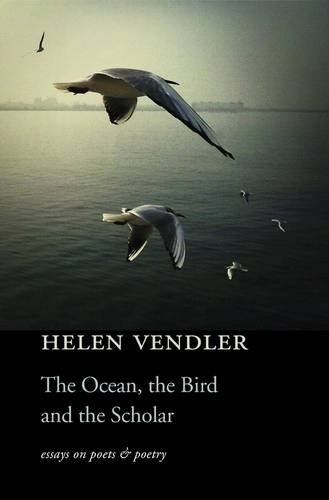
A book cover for The Ocean, the Bird, and the Scholar: Essays on Poets and Poetry; Helen Vendler; Literature & Fiction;